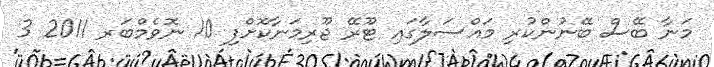
މަނާ ބޭސް ބޭނުންކުރި މައްސަލާގައި ޓޫރޭ ޖޫރިމަނާކޮށްފި 10 ނޮވެމްބަރ 2011 3